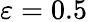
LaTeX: \varepsilon=0.5